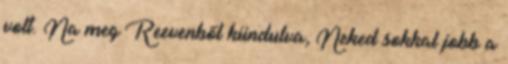
volt. Na meg Reevenből kiindulva, Neked sokkal jobb a